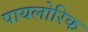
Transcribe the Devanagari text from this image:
पायलोरिक